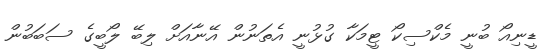
ޑީނިއޯ ބުނީ މެކްސިކޯ ޓީމަކާ ގުޅުނީ އެތަނުން އޭނާއަށް ލިބޭ ލޯބީގެ ސަބަބުން